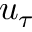
u _ { \tau }